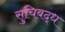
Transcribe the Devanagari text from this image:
सुचिबद्ध